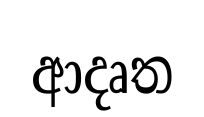
ආදෘත